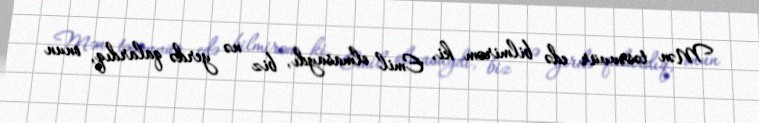
Mən təsəvvür edə bilmirəm ki, Emil olmasaydı, biz nə yerdə qalardıq, onun